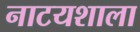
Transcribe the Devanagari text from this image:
नाटयशाला